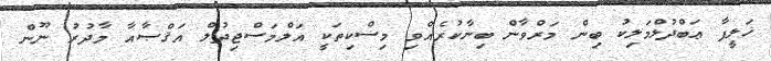
ޚަލީފާ ޢަބްދުލްމަލިކު ބިން މަރްވާން ބިނާކުރެއްވި މިސްކިތަކީ އަލްމަސްޖިދުލް އަޤްޞާއާ މާދުރު ނޫން